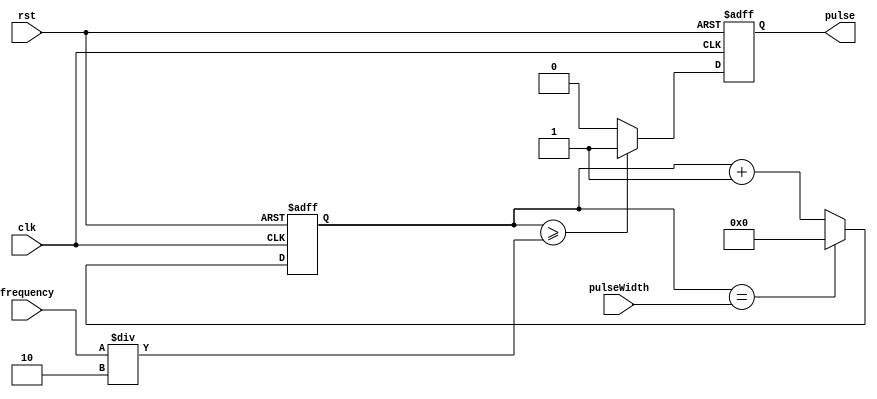
module SimplePulseGenerator (
    input clk,
    input rst,
    input [31:0] pulseWidth,
    input [31:0] frequency,
    output reg pulse
);

reg [31:0] count;
reg pulseStart;

always @ (posedge clk or posedge rst) begin
    if (rst) begin
        pulse <= 0;
        count <= 0;
        pulseStart <= 0;
    end else begin
        if (count >= (frequency / 2)) begin
            pulse <= 1;
            pulseStart <= 1;
        end else begin
            pulse <= 0;
            pulseStart <= 0;
        end

        count <= count + 1;
        if (count == pulseWidth) count <= 0;
    end
end

endmodule